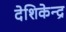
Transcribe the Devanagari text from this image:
देशिकेन्द्र